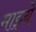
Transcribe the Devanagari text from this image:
माझ्ये